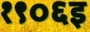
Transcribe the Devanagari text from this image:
१९०६इ